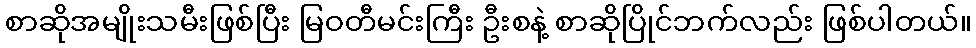
စာဆိုအမျိုးသမီးဖြစ်ပြီး မြဝတီမင်းကြီး ဦးစနဲ့ စာဆိုပြိုင်ဘက်လည်း ဖြစ်ပါတယ်။